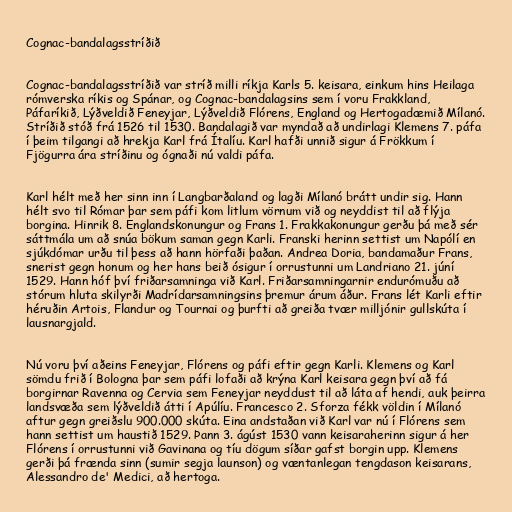
Cognac-bandalagsstríðið

Cognac-bandalagsstríðið var stríð milli ríkja Karls 5. keisara, einkum hins Heilaga
rómverska ríkis og Spánar, og Cognac-bandalagsins sem í voru Frakkland,
Páfaríkið, Lýðveldið Feneyjar, Lýðveldið Flórens, England og Hertogadæmið Mílanó.
Stríðið stóð frá 1526 til 1530. Bandalagið var myndað að undirlagi Klemens 7. páfa
í þeim tilgangi að hrekja Karl frá Ítalíu. Karl hafði unnið sigur á Frökkum í
Fjögurra ára stríðinu og ógnaði nú valdi páfa.

Karl hélt með her sinn inn í Langbarðaland og lagði Mílanó brátt undir sig. Hann
hélt svo til Rómar þar sem páfi kom litlum vörnum við og neyddist til að flýja
borgina. Hinrik 8. Englandskonungur og Frans 1. Frakkakonungur gerðu þá með sér
sáttmála um að snúa bökum saman gegn Karli. Franski herinn settist um Napólí en
sjúkdómar urðu til þess að hann hörfaði þaðan. Andrea Doria, bandamaður Frans,
snerist gegn honum og her hans beið ósigur í orrustunni um Landriano 21. júní
1529. Hann hóf því friðarsamninga við Karl. Friðarsamningarnir endurómuðu að
stórum hluta skilyrði Madrídarsamningsins þremur árum áður. Frans lét Karli eftir
héruðin Artois, Flandur og Tournai og þurfti að greiða tvær milljónir gullskúta í
lausnargjald.

Nú voru því aðeins Feneyjar, Flórens og páfi eftir gegn Karli. Klemens og Karl
sömdu frið í Bologna þar sem páfi lofaði að krýna Karl keisara gegn því að fá
borgirnar Ravenna og Cervia sem Feneyjar neyddust til að láta af hendi, auk þeirra
landsvæða sem lýðveldið átti í Apúlíu. Francesco 2. Sforza fékk völdin í Mílanó
aftur gegn greiðslu 900.000 skúta. Eina andstaðan við Karl var nú í Flórens sem
hann settist um haustið 1529. Þann 3. ágúst 1530 vann keisaraherinn sigur á her
Flórens í orrustunni við Gavinana og tíu dögum síðar gafst borgin upp. Klemens
gerði þá frænda sinn (sumir segja launson) og væntanlegan tengdason keisarans,
Alessandro de' Medici, að hertoga.